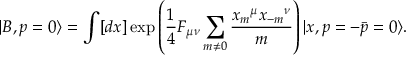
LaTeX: | B , p = 0 \rangle = \int [ d x ] \exp \left( { \frac { 1 } { 4 } } F _ { \mu \nu } \sum _ { m \neq 0 } { \frac { { x _ { m } } ^ { \mu } { x _ { - m } } ^ { \nu } } { m } } \right) | x , p = - \bar { p } = 0 \rangle .